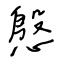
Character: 慇